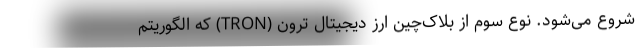
شروع می‌شود. نوع سوم از بلاک‌چین ارز دیجیتال ترون (TRON) که الگوریتم